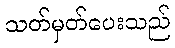
သတ်မှတ်ပေးသည်